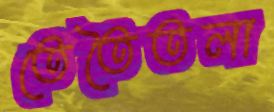
তেতৈতলা